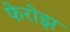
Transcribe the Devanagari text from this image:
फेरोझ